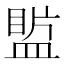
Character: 𥂄